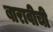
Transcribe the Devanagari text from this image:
बारावीची